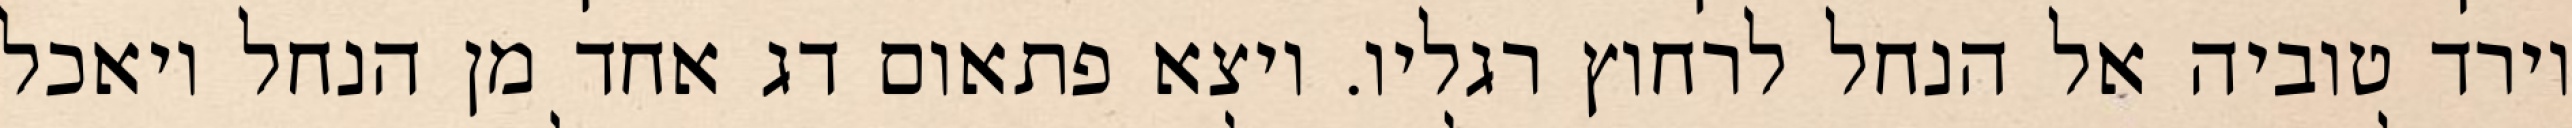
וירד טוביה אל הנחל לרחוץ רגליו. ויצא פתאום דג אחד מן הנחל ויאכל